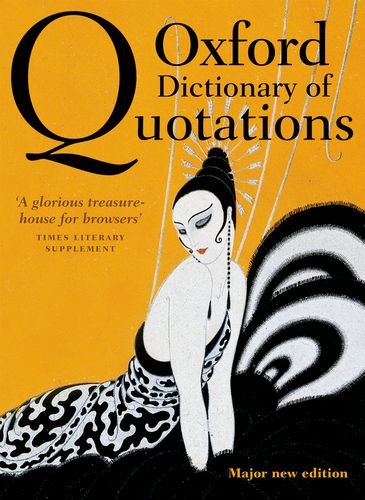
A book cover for Oxford Dictionary of Quotations; Reference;